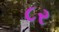
૮ર